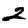
Digit: 2